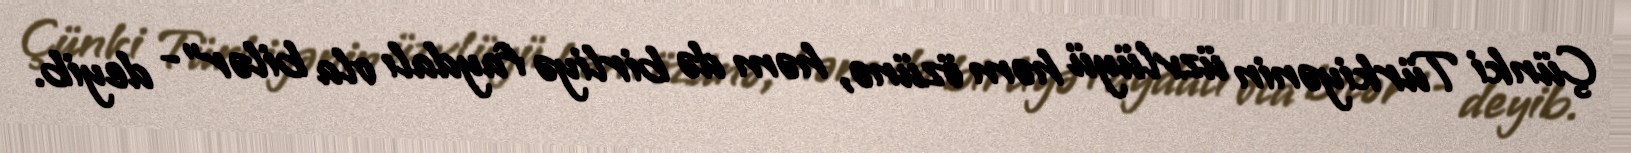
Çünki Türkiyənin üzvlüyü həm özünə, həm də birliyə faydalı ola bilər"- deyib.